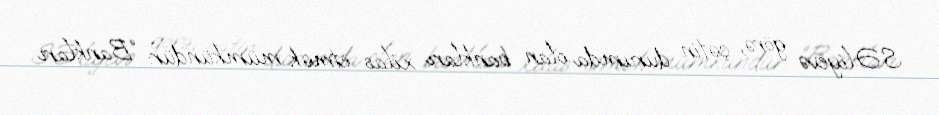
S.Əliyevə görə, çətin durumda olan bankları xilas etmək mümkündür: “Bankları